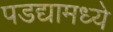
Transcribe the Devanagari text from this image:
पडद्यामध्ये